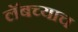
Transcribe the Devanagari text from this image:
लॅबच्याच